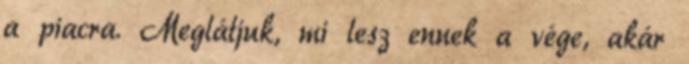
a piacra. Meglátjuk, mi lesz ennek a vége, akár